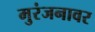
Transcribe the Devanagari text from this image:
मुरंजनावर